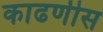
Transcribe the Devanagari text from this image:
काढणीस